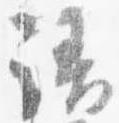
語